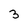
Character: 3